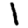
Digit: 1